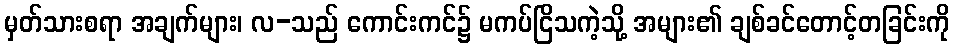
မှတ်သားစရာ အချက်များ၊ လ-သည် ကောင်းကင်၌ မကပ်ငြိသကဲ့သို့ အများ၏ ချစ်ခင်တောင့်တခြင်းကို